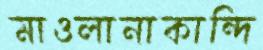
মাওলানাকান্দি